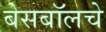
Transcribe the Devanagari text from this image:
बेसबॉलचे